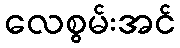
လေစွမ်းအင်